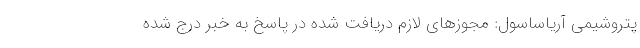
پتروشیمی آریاساسول: مجوزهای لازم دریافت شده در پاسخ به خبر درج شده